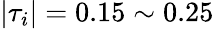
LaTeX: |\tau_{i}|=0.15\sim 0.25